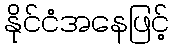
နိုင်ငံအနေဖြင့်